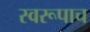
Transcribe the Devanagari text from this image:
स्वरूपाच